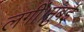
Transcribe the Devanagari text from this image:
लगीं।मुंबई